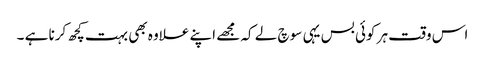
اس وقت ہر کوئی بس یہی سوچ لے کہ مجھے اپنے علاوہ بھی بہت کچھ کرنا ہے ۔